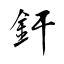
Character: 釬